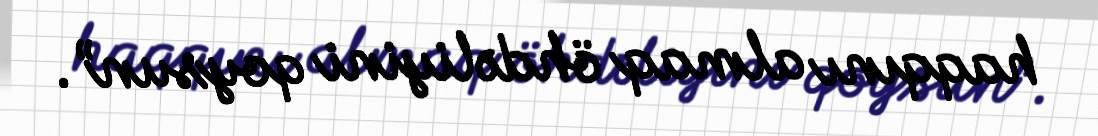
haqqını almaq öhdəliyini qoysun”.